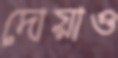
দোয়াও